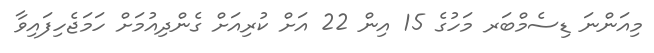
މިއަންނަ ޑިސެމްބަރ މަހުގެ 15 އިން 22 އަށް ކުރިއަށް ގެންދިއުމަށް ހަމަޖެހިފައިވާ